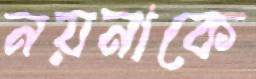
নয়নাকে